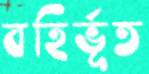
বহির্ভূত